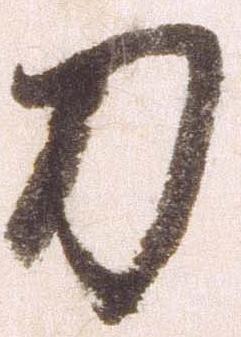
刀